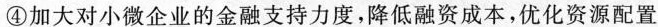
④加大对小微企业的金融支持力度，降低融资成本，优化资源配置